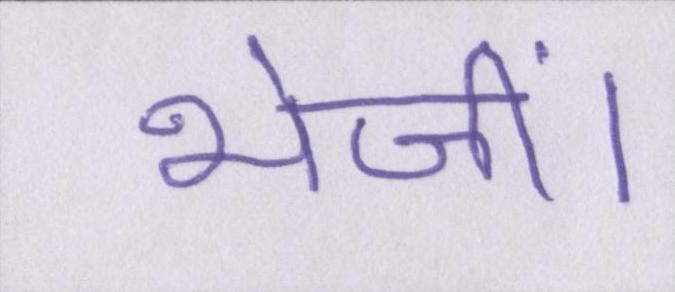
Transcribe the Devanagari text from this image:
भेजीं।